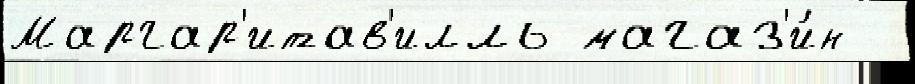
Маргар'итав'илль магаз'и́н